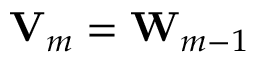
{ \bf V } _ { m } = { \bf W } _ { m - 1 }